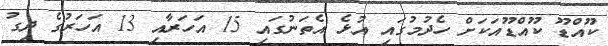
ކޫއްޑޫ ކޫއްޑޫއަކަށް ހެދުމުގައި އުޅެ އެތަނުގައި 15 އަހަރާއި 13 އަހަރުގެ ދިގު